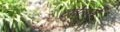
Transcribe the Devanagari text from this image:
ट्रवेलर्स